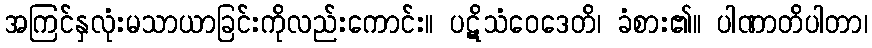
အကြင်နှလုံးမသာယာခြင်းကိုလည်းကောင်း။ ပဋိသံဝေဒေတိ၊ ခံစား၏။ ပါဏာတိပါတာ၊